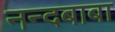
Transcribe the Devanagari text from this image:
नन्दबाबा